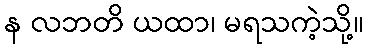
န လဘတိ ယထာ၊ မရသကဲ့သို့။